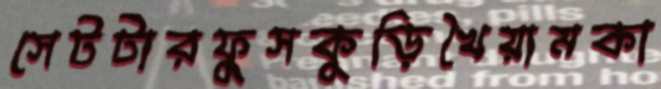
সেটটারফুসকুড়িখৈয়ামকা